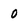
Character: 0